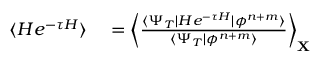
\begin{array} { r l } { \langle H e ^ { - \tau H } \rangle } & { { } = \biggl \langle \frac { \langle \Psi _ { T } | H e ^ { - \tau H } | \phi ^ { n + m } \rangle } { \langle \Psi _ { T } | \phi ^ { n + m } \rangle } \biggr \rangle _ { \mathbf X } } \end{array}